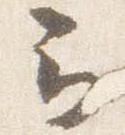
云